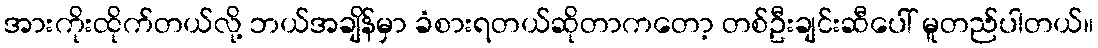
အားကိုးထိုက်တယ်လို့ ဘယ်အချိန်မှာ ခံစားရတယ်ဆိုတာကတော့ တစ်ဦးချင်းဆီပေါ် မူတည်ပါတယ်။